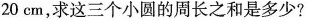
20cm，求这三个小圆的周长之和是多少?